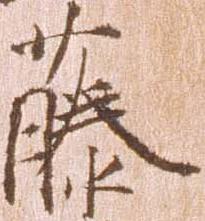
藤